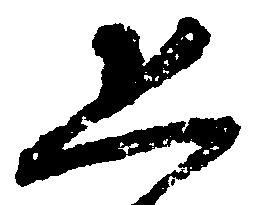
恐